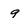
Character: 9